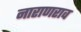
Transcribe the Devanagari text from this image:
नाराणराव